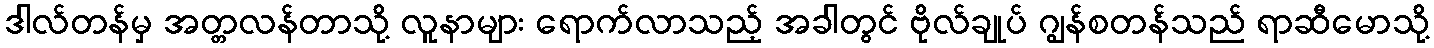
ဒါလ်တန်မှ အတ္တလန်တာသို့ လူနာများ ရောက်လာသည့် အခါတွင် ဗိုလ်ချုပ် ဂျွန်စတန်သည် ရာဆီမောသို့